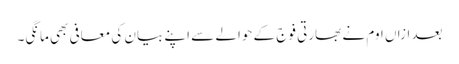
بعد ازاں اوم نے بھارتی فوج کے حوالے سے اپنے بیان کی معافی بھی مانگی۔